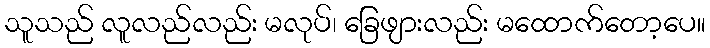
သူသည် လူလည်လည်း မလုပ်၊ ခြေဖျားလည်း မထောက်တော့ပေ။